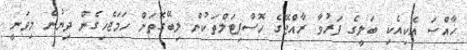
ޚާއްޞަ އެކިއެކި ބަލީގެ ފަރުވާ ރާއްޖޭގެ ހޮސްޕިޓަލްތަކުން ލިބޭގޮތަށް ހަމަޖެހިގެން ދިޔުން މިވަނީ